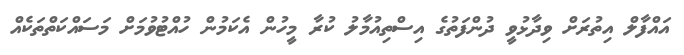
އައްފާލް އިތުރަށް ވިދާޅުވީ ދުންފަތުގެ އިސްތިއުމާލު ކުރާ މީހުން އެކަމުން ހުއްޓުވުމަށް މަސައްކަތްތަކެއް